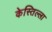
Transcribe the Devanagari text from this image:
केस्तिल्ला